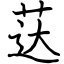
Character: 荙